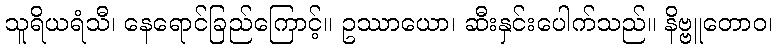
သူရိယရံသီ၊ နေရောင်ခြည်ကြောင့်။ ဥဿာယော၊ ဆီးနှင်းပေါက်သည်။ နိဗ္ဗူတောဝ၊